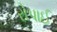
રોપાઈ